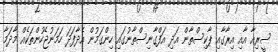
ސީރިއާ އާއި އިރާގާއި ޕާކިސްތާން އަދި އަފްގާނިސްތާނުގައި ހިންގަމުން އެދާފަދަ ހަމަނުޖެހުންތަކެއް މާދަމާ